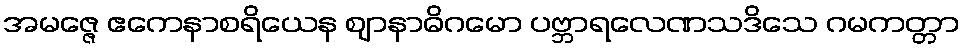
အမဇ္ဇေ ဧကေနာစရိယေန ဈာနာဓိဂမော ပဗ္ဘာရလေဏသဒိသေ ဂမကတ္တာ